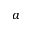
^ a